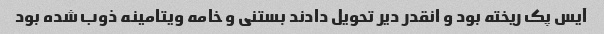
آیس پک ریخته بود و انقدر دیر تحویل دادند بستنی و خامه ویتامینه ذوب شده بود